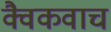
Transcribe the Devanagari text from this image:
क्वैकवाच